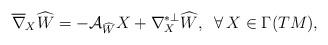
LaTeX: \begin{align*} \overline{\nabla}_{X}\widehat{W}=-\mathcal{A}_{\widehat{W}}X+\nabla^{*\perp}_{X}\widehat{W}, \;\;\forall\, X\in\Gamma(TM),\end{align*}